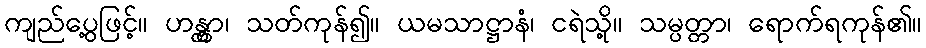
ကျည်ပွေ့ဖြင့်။ ဟန္တွာ၊ သတ်ကုန်၍။ ယမသာဋ္ဌာနံ၊ ငရဲသို့။ သမ္ပတ္တာ၊ ရောက်ရကုန်၏။